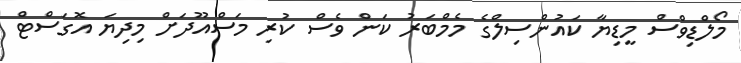
މޯލްޑިވްސް މީޑިޔާ ކައުންސިލްގެ މެމްބަރު ކަން ވެސް ކުރި މަސްއޫދަށް މިދިޔަ އޮގަސްޓް